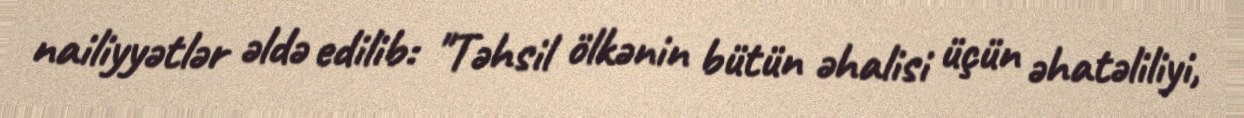
nailiyyətlər əldə edilib: "Təhsil ölkənin bütün əhalisi üçün əhatəliliyi,